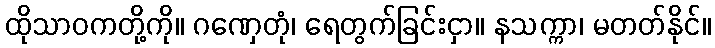
ထိုသာဝကတို့ကို။ ဂဏှေတုံ၊ ရေတွက်ခြင်းငှာ။ နသက္ကာ၊ မတတ်နိုင်။